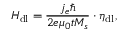
H _ { \mathrm { d l } } = \frac { j _ { e } \hbar } { 2 e \mu _ { 0 } t M _ { s } } \cdot \eta _ { \mathrm { d l } } ,